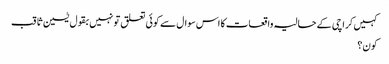
کہیں کراچی کے حالیہ واقعات کا اس سوال سے کوئی تعلق تو نہیں بقول یٰسین ثاقب
کون؟